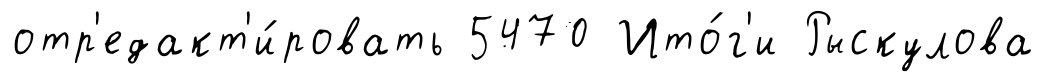
отр'едакт'и́ровать 5470 Ито́г'и Рыскулова